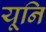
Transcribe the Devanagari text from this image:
यूनि